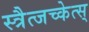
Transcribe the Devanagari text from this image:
स्त्रैत्जच्केत्स्